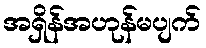
အရှိန်အဟုန်မပျက်